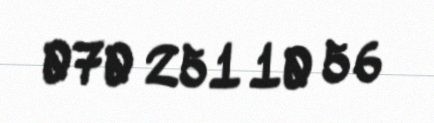
070 251 10 56